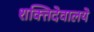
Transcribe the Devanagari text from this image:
शक्तिदेवालये